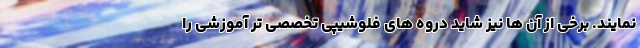
نمایند. برخی از آن ها نیز شاید دروه های فلوشیپی تخصصی تر آموزشی را